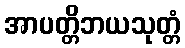
အာပတ္တိဘယသုတ္တံ